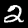
Label: 2